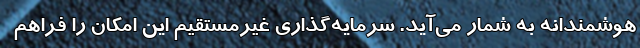
هوشمندانه به شمار می‌آید. سرمایه‌گذاری غیرمستقیم این امکان را فراهم